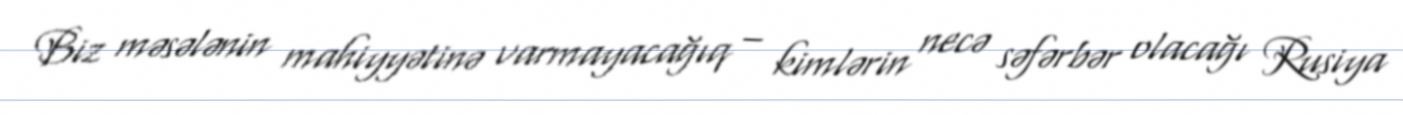
Biz məsələnin mahiyyətinə varmayacağıq – kimlərin necə səfərbər olacağı Rusiya